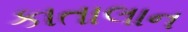
કાતાલાન